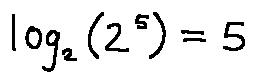
\log _ { 2 } ( 2 ^ { 5 } ) = 5